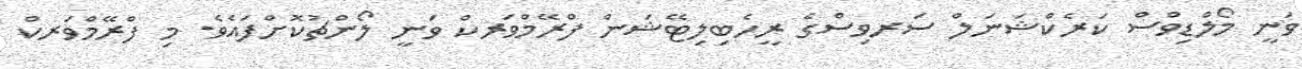
ވަނީ މޯލްޑިވްސް ކަރެކްޝަނަލް ސަރވިސްގެ ރީހެބިލިޓޭޝަން ފްރޭމްވަރކް ވަނީ ލޯންޗުކޮށްފައެވެ. މި ފްރޭމްވަރކް